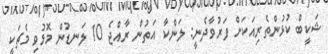
ޝަކީބް ކުޅުންތެރިއަކަށް ފަރުވާދެނީ: ލަންކާ އަތުން ރާއްޖެ 10 ލަނޑުން މޮޅުވި މެޗަކީ